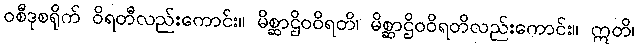
ဝစီဒုစရိုက် ဝိရတီလည်းကောင်း။ မိစ္ဆာဌိဝဝိရတိ၊ မိစ္ဆာဌိဝဝိရတိလည်းကောင်း။ ဣတိ၊